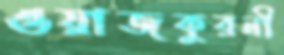
ওয়াজকুরনী